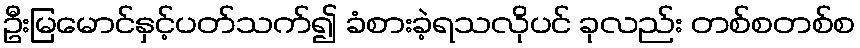
ဦးမြမောင်နှင့်ပတ်သက်၍ ခံစားခဲ့ရသလိုပင် ခုလည်း တစ်စတစ်စ